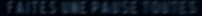
FAITES-UNE-PANNE-TOUT